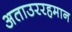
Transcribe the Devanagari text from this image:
अताउररहमान